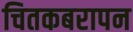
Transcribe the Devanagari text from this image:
चितकबरापन